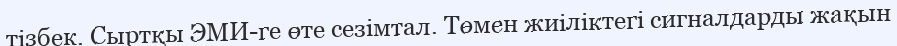
тізбек. Сыртқы ЭМИ-ге өте сезімтал. Төмен жиіліктегі сигналдарды жақын